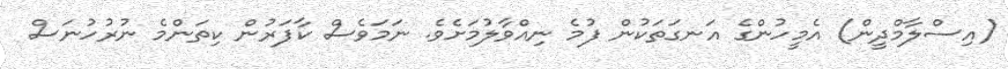
(އިސްލާމްދީން) އެމީހުންގެ އަނގަތަކުން ފުމެ ނިއްވާލުމަށެވެ. ނަމަވެސް ކާފަރުން ކިތަންމެ ނުރުހުނަސް